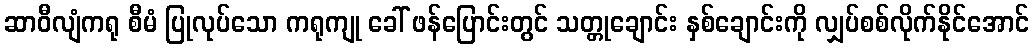
ဆာဝီလျံကရု စီမံ ပြုလုပ်သော ကရုကျု ခေါ် ဖန်ပြောင်းတွင် သတ္တုချောင်း နှစ်ချောင်းကို လျှပ်စစ်လိုက်နိုင်အောင်